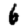
Digit: 6